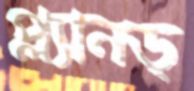
প্ল্যানড্